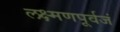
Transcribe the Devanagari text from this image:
लक्ष्मणपूर्वजं